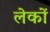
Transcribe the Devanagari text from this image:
लेकों